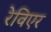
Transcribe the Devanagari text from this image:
रेविएर